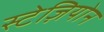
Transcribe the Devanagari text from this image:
स्टेज़ियोन